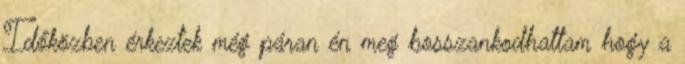
Időközben érkeztek még páran én meg bosszankodhattam hogy a